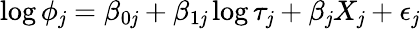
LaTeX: \log\phi_{\mathit{j}}=\beta_{0\mathit{j}}+\beta_{1\mathit{j}}\log\tau_{\mathit{j}}+\beta_{\mathit{j}}X_{\mathit{j}}+\epsilon_{\mathit{j}}